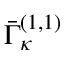
\bar { \Gamma } _ { \kappa } ^ { ( 1 , 1 ) }